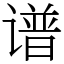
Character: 谱